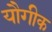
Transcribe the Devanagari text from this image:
यौगीक